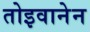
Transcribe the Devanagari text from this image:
तोइवानेन